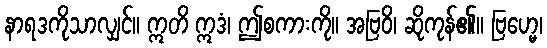
နာရဒကိုသာလျှင်။ ဣတိ ဣဒံ၊ ဤစကားကို။ အဗြဝိ၊ ဆိုကုန်၏။ ဗြဟ္မေ၊